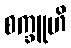
စက္ခူဟိ